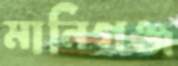
মানিগঞ্জ